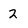
Character: 2